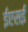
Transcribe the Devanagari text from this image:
ईएसई